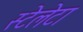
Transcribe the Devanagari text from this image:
स्टेलेटा